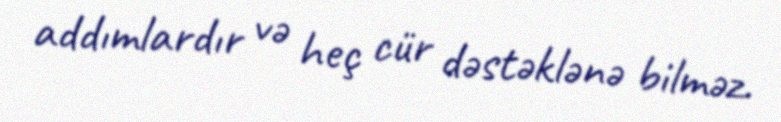
addımlardır və heç cür dəstəklənə bilməz.